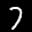
Label: 7